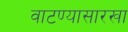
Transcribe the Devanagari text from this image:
वाटण्यासारखा